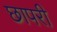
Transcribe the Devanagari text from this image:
छापरी